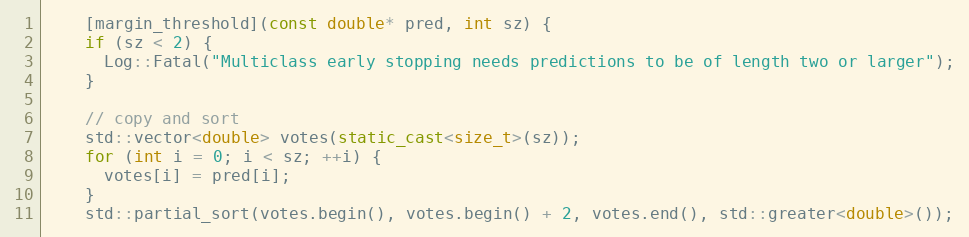
Language: C++
    [margin_threshold](const double* pred, int sz) {
    if (sz < 2) {
      Log::Fatal("Multiclass early stopping needs predictions to be of length two or larger");
    }

    // copy and sort
    std::vector<double> votes(static_cast<size_t>(sz));
    for (int i = 0; i < sz; ++i) {
      votes[i] = pred[i];
    }
    std::partial_sort(votes.begin(), votes.begin() + 2, votes.end(), std::greater<double>());